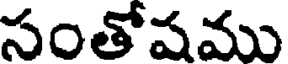
సంతోషము